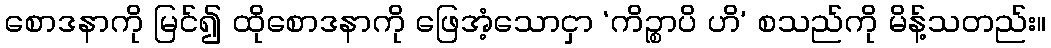
စောဒနာကို မြင်၍ ထိုစောဒနာကို ဖြေအံ့သောငှာ ‘ကိဉ္စာပိ ဟိ’ စသည်ကို မိန့်သတည်း။